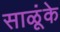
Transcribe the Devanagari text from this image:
साळूंके